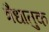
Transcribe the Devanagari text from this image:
त्रैधातुक